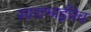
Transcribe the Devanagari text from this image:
साराभाईंचेच